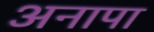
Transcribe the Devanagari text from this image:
अनापा